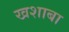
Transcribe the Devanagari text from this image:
खशाबा